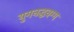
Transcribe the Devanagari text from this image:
युगनद्धवग्ग